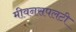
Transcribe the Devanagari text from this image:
मीवनसपलटी